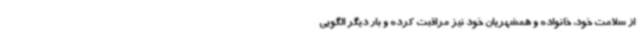
از سلامت خود، خانواده و همشهریان خود نیز مراقبت کرده و بار دیگر الگویی